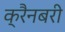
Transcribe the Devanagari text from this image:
क्रैनबरी